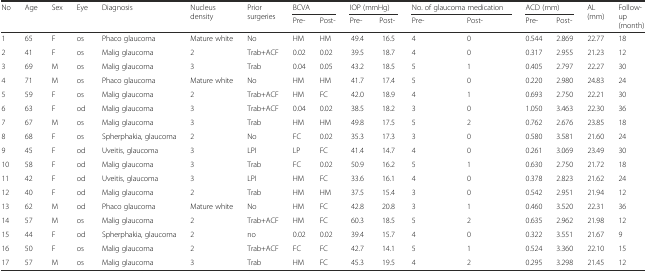
<table><thead><tr><td rowspan="2"><b>No</b></td><td rowspan="2"><b>Age</b></td><td rowspan="2"><b>Sex</b></td><td rowspan="2"><b>Eye</b></td><td rowspan="2"><b>Diagnosis</b></td><td rowspan="2"><b>Nucleus density</b></td><td rowspan="2"><b>Prior surgeries</b></td><td colspan="2"><b>BCVA</b></td><td colspan="2"><b>IOP (mmHg)</b></td><td colspan="2"><b>No. of glaucoma medication</b></td><td colspan="2"><b>ACD (mm)</b></td><td rowspan="2"><b>AL (mm)</b></td><td rowspan="2"><b>Follow-up (month)</b></td></tr><tr><td><b>Pre-</b></td><td><b>Post-</b></td><td><b>Pre-</b></td><td><b>Post-</b></td><td><b>Pre-</b></td><td><b>Post-</b></td><td><b>Pre-</b></td><td><b>Post-</b></td></tr></thead><tbody><tr><td>1</td><td>65</td><td>F</td><td>os</td><td>Phaco glaucoma</td><td>Mature white</td><td>No</td><td>HM</td><td>HM</td><td>49.4</td><td>16.5</td><td>4</td><td>0</td><td>0.544</td><td>2.869</td><td>22.77</td><td>18</td></tr><tr><td>2</td><td>41</td><td>F</td><td>os</td><td>Malig glaucoma</td><td>2</td><td>Trab+ACF</td><td>0.02</td><td>0.02</td><td>39.5</td><td>18.7</td><td>4</td><td>0</td><td>0.317</td><td>2.955</td><td>21.23</td><td>12</td></tr><tr><td>3</td><td>69</td><td>M</td><td>os</td><td>Malig glaucoma</td><td>3</td><td>Trab</td><td>0.04</td><td>0.05</td><td>43.2</td><td>18.5</td><td>5</td><td>1</td><td>0.405</td><td>2.797</td><td>22.27</td><td>30</td></tr><tr><td>4</td><td>71</td><td>M</td><td>os</td><td>Phaco glaucoma</td><td>Mature white</td><td>No</td><td>HM</td><td>HM</td><td>41.7</td><td>17.4</td><td>5</td><td>0</td><td>0.220</td><td>2.980</td><td>24.83</td><td>24</td></tr><tr><td>5</td><td>59</td><td>F</td><td>os</td><td>Malig glaucoma</td><td>2</td><td>Trab+ACF</td><td>HM</td><td>FC</td><td>42.0</td><td>18.9</td><td>4</td><td>1</td><td>0.693</td><td>2.750</td><td>22.21</td><td>30</td></tr><tr><td>6</td><td>63</td><td>F</td><td>od</td><td>Malig glaucoma</td><td>3</td><td>Trab+ACF</td><td>0.04</td><td>0.02</td><td>38.5</td><td>18.2</td><td>3</td><td>0</td><td>1.050</td><td>3.463</td><td>22.30</td><td>36</td></tr><tr><td>7</td><td>67</td><td>M</td><td>os</td><td>Malig glaucoma</td><td>3</td><td>Trab</td><td>HM</td><td>HM</td><td>49.8</td><td>17.5</td><td>5</td><td>2</td><td>0.762</td><td>2.676</td><td>23.85</td><td>18</td></tr><tr><td>8</td><td>68</td><td>F</td><td>os</td><td>Spherphakia, glaucoma</td><td>2</td><td>No</td><td>FC</td><td>0.02</td><td>35.3</td><td>17.3</td><td>3</td><td>0</td><td>0.580</td><td>3.581</td><td>21.60</td><td>24</td></tr><tr><td>9</td><td>45</td><td>F</td><td>od</td><td>Uveitis, glaucoma</td><td>3</td><td>LPI</td><td>LP</td><td>FC</td><td>41.4</td><td>14.7</td><td>4</td><td>0</td><td>0.261</td><td>3.069</td><td>23.49</td><td>30</td></tr><tr><td>10</td><td>58</td><td>F</td><td>od</td><td>Malig glaucoma</td><td>3</td><td>Trab</td><td>FC</td><td>0.02</td><td>50.9</td><td>16.2</td><td>5</td><td>1</td><td>0.630</td><td>2.750</td><td>21.72</td><td>18</td></tr><tr><td>11</td><td>42</td><td>F</td><td>od</td><td>Uveitis, glaucoma</td><td>3</td><td>LPI</td><td>HM</td><td>FC</td><td>33.6</td><td>16.1</td><td>4</td><td>0</td><td>0.378</td><td>2.823</td><td>21.62</td><td>24</td></tr><tr><td>12</td><td>40</td><td>F</td><td>od</td><td>Malig glaucoma</td><td>2</td><td>Trab</td><td>HM</td><td>HM</td><td>37.5</td><td>15.4</td><td>3</td><td>0</td><td>0.542</td><td>2.951</td><td>21.94</td><td>12</td></tr><tr><td>13</td><td>62</td><td>M</td><td>od</td><td>Phaco glaucoma</td><td>Mature white</td><td>No</td><td>HM</td><td>FC</td><td>42.8</td><td>20.8</td><td>3</td><td>1</td><td>0.460</td><td>3.520</td><td>22.31</td><td>36</td></tr><tr><td>14</td><td>57</td><td>M</td><td>os</td><td>Malig glaucoma</td><td>2</td><td>Trab+ACF</td><td>HM</td><td>FC</td><td>60.3</td><td>18.5</td><td>5</td><td>2</td><td>0.635</td><td>2.962</td><td>21.98</td><td>12</td></tr><tr><td>15</td><td>44</td><td>F</td><td>od</td><td>Spherphakia, glaucoma</td><td>2</td><td>no</td><td>0.02</td><td>0.02</td><td>39.4</td><td>15.7</td><td>4</td><td>0</td><td>0.322</td><td>3.551</td><td>21.67</td><td>9</td></tr><tr><td>16</td><td>50</td><td>F</td><td>os</td><td>Malig glaucoma</td><td>2</td><td>Trab+ACF</td><td>FC</td><td>FC</td><td>42.7</td><td>14.1</td><td>5</td><td>1</td><td>0.524</td><td>3.360</td><td>22.10</td><td>15</td></tr><tr><td>17</td><td>57</td><td>M</td><td>os</td><td>Malig glaucoma</td><td>3</td><td>Trab</td><td>HM</td><td>FC</td><td>45.3</td><td>19.5</td><td>4</td><td>2</td><td>0.295</td><td>3.298</td><td>21.45</td><td>12</td></tr></tbody></table>